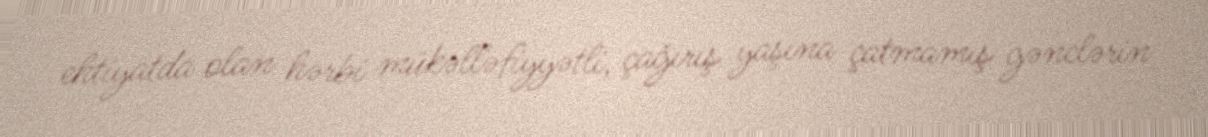
ehtiyatda olan hərbi mükəlləfiyyətli, çağırış yaşına çatmamış gənclərin